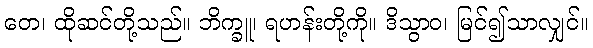
တေ၊ ထိုဆင်တို့သည်။ ဘိက္ခူ၊ ရဟန်းတို့ကို။ ဒိသွာဝ၊ မြင်၍သာလျှင်။